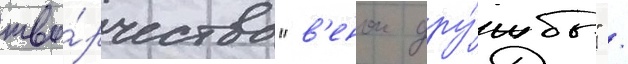
тво́рчества "в'енок дру́жбы" /